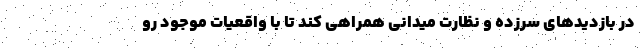
در بازدیدهای سرزده و نظارت میدانی همراهی کند تا با واقعیات موجود رو